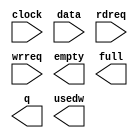
// megafunction wizard: %FIFO%VBB%
// GENERATION: STANDARD
// VERSION: WM1.0
// MODULE: scfifo 

// ============================================================
// Megafunction Name(s):
// 			scfifo
//
// Simulation Library Files(s):
// 			altera_mf
// ============================================================
// ************************************************************
// THIS IS A WIZARD-GENERATED FILE. DO NOT EDIT THIS FILE!
//
// 14.0.0 Build 200 06/17/2014 SJ Full Version
// ************************************************************

//Copyright (C) 1991-2014 Altera Corporation. All rights reserved.
//Your use of Altera Corporation's design tools, logic functions 
//and other software and tools, and its AMPP partner logic 
//functions, and any output files from any of the foregoing 
//(including device programming or simulation files), and any 
//associated documentation or information are expressly subject 
//to the terms and conditions of the Altera Program License 
//Subscription Agreement, the Altera Quartus II License Agreement,
//the Altera MegaCore Function License Agreement, or other 
//applicable license agreement, including, without limitation, 
//that your use is for the sole purpose of programming logic 
//devices manufactured by Altera and sold by Altera or its 
//authorized distributors.  Please refer to the applicable 
//agreement for further details.

module cnn_scfifo_256pts (
	clock,
	data,
	rdreq,
	wrreq,
	empty,
	full,
	q,
	usedw);

	input	  clock;
	input	[31:0]  data;
	input	  rdreq;
	input	  wrreq;
	output	  empty;
	output	  full;
	output	[31:0]  q;
	output	[7:0]  usedw;

endmodule

// ============================================================
// CNX file retrieval info
// ============================================================
// Retrieval info: PRIVATE: AlmostEmpty NUMERIC "0"
// Retrieval info: PRIVATE: AlmostEmptyThr NUMERIC "-1"
// Retrieval info: PRIVATE: AlmostFull NUMERIC "0"
// Retrieval info: PRIVATE: AlmostFullThr NUMERIC "-1"
// Retrieval info: PRIVATE: CLOCKS_ARE_SYNCHRONIZED NUMERIC "0"
// Retrieval info: PRIVATE: Clock NUMERIC "0"
// Retrieval info: PRIVATE: Depth NUMERIC "256"
// Retrieval info: PRIVATE: Empty NUMERIC "1"
// Retrieval info: PRIVATE: Full NUMERIC "1"
// Retrieval info: PRIVATE: INTENDED_DEVICE_FAMILY STRING "Cyclone V"
// Retrieval info: PRIVATE: LE_BasedFIFO NUMERIC "0"
// Retrieval info: PRIVATE: LegacyRREQ NUMERIC "0"
// Retrieval info: PRIVATE: MAX_DEPTH_BY_9 NUMERIC "0"
// Retrieval info: PRIVATE: OVERFLOW_CHECKING NUMERIC "0"
// Retrieval info: PRIVATE: Optimize NUMERIC "0"
// Retrieval info: PRIVATE: RAM_BLOCK_TYPE NUMERIC "0"
// Retrieval info: PRIVATE: SYNTH_WRAPPER_GEN_POSTFIX STRING "0"
// Retrieval info: PRIVATE: UNDERFLOW_CHECKING NUMERIC "0"
// Retrieval info: PRIVATE: UsedW NUMERIC "1"
// Retrieval info: PRIVATE: Width NUMERIC "32"
// Retrieval info: PRIVATE: dc_aclr NUMERIC "0"
// Retrieval info: PRIVATE: diff_widths NUMERIC "0"
// Retrieval info: PRIVATE: msb_usedw NUMERIC "0"
// Retrieval info: PRIVATE: output_width NUMERIC "32"
// Retrieval info: PRIVATE: rsEmpty NUMERIC "1"
// Retrieval info: PRIVATE: rsFull NUMERIC "0"
// Retrieval info: PRIVATE: rsUsedW NUMERIC "0"
// Retrieval info: PRIVATE: sc_aclr NUMERIC "0"
// Retrieval info: PRIVATE: sc_sclr NUMERIC "0"
// Retrieval info: PRIVATE: wsEmpty NUMERIC "0"
// Retrieval info: PRIVATE: wsFull NUMERIC "1"
// Retrieval info: PRIVATE: wsUsedW NUMERIC "0"
// Retrieval info: LIBRARY: altera_mf altera_mf.altera_mf_components.all
// Retrieval info: CONSTANT: ADD_RAM_OUTPUT_REGISTER STRING "OFF"
// Retrieval info: CONSTANT: INTENDED_DEVICE_FAMILY STRING "Cyclone V"
// Retrieval info: CONSTANT: LPM_NUMWORDS NUMERIC "256"
// Retrieval info: CONSTANT: LPM_SHOWAHEAD STRING "ON"
// Retrieval info: CONSTANT: LPM_TYPE STRING "scfifo"
// Retrieval info: CONSTANT: LPM_WIDTH NUMERIC "32"
// Retrieval info: CONSTANT: LPM_WIDTHU NUMERIC "8"
// Retrieval info: CONSTANT: OVERFLOW_CHECKING STRING "ON"
// Retrieval info: CONSTANT: UNDERFLOW_CHECKING STRING "ON"
// Retrieval info: CONSTANT: USE_EAB STRING "ON"
// Retrieval info: USED_PORT: clock 0 0 0 0 INPUT NODEFVAL "clock"
// Retrieval info: USED_PORT: data 0 0 32 0 INPUT NODEFVAL "data[31..0]"
// Retrieval info: USED_PORT: empty 0 0 0 0 OUTPUT NODEFVAL "empty"
// Retrieval info: USED_PORT: full 0 0 0 0 OUTPUT NODEFVAL "full"
// Retrieval info: USED_PORT: q 0 0 32 0 OUTPUT NODEFVAL "q[31..0]"
// Retrieval info: USED_PORT: rdreq 0 0 0 0 INPUT NODEFVAL "rdreq"
// Retrieval info: USED_PORT: usedw 0 0 8 0 OUTPUT NODEFVAL "usedw[7..0]"
// Retrieval info: USED_PORT: wrreq 0 0 0 0 INPUT NODEFVAL "wrreq"
// Retrieval info: CONNECT: @clock 0 0 0 0 clock 0 0 0 0
// Retrieval info: CONNECT: @data 0 0 32 0 data 0 0 32 0
// Retrieval info: CONNECT: @rdreq 0 0 0 0 rdreq 0 0 0 0
// Retrieval info: CONNECT: @wrreq 0 0 0 0 wrreq 0 0 0 0
// Retrieval info: CONNECT: empty 0 0 0 0 @empty 0 0 0 0
// Retrieval info: CONNECT: full 0 0 0 0 @full 0 0 0 0
// Retrieval info: CONNECT: q 0 0 32 0 @q 0 0 32 0
// Retrieval info: CONNECT: usedw 0 0 8 0 @usedw 0 0 8 0
// Retrieval info: GEN_FILE: TYPE_NORMAL cnn_scfifo_256pts.v TRUE
// Retrieval info: GEN_FILE: TYPE_NORMAL cnn_scfifo_256pts.inc FALSE
// Retrieval info: GEN_FILE: TYPE_NORMAL cnn_scfifo_256pts.cmp FALSE
// Retrieval info: GEN_FILE: TYPE_NORMAL cnn_scfifo_256pts.bsf FALSE
// Retrieval info: GEN_FILE: TYPE_NORMAL cnn_scfifo_256pts_inst.v FALSE
// Retrieval info: GEN_FILE: TYPE_NORMAL cnn_scfifo_256pts_bb.v TRUE
// Retrieval info: LIB_FILE: altera_mf